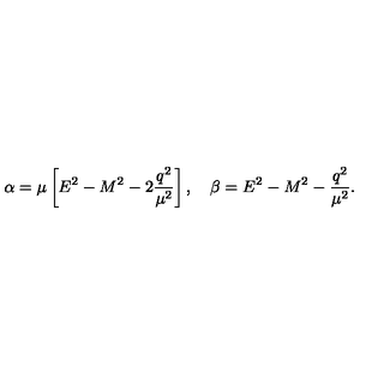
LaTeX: \alpha = \mu \left[ E ^ { 2 } - M ^ { 2 } - 2 \frac { q ^ { 2 } } { \mu ^ { 2 } } \right] , \quad \beta = E ^ { 2 } - M ^ { 2 } - \frac { q ^ { 2 } } { \mu ^ { 2 } } .